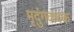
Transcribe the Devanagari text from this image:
मृदुंगवादक